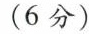
（6分）